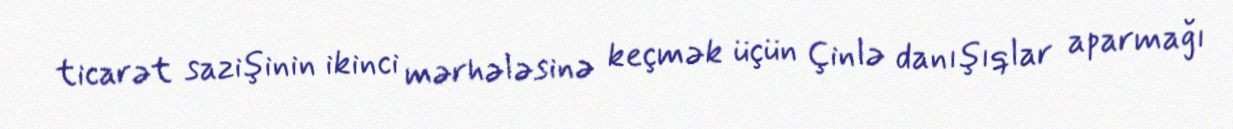
ticarət sazişinin ikinci mərhələsinə keçmək üçün Çinlə danışıqlar aparmağı